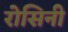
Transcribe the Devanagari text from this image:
रोसिनी